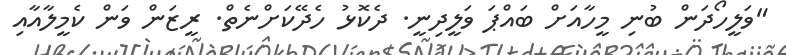
"ވަލީހޯދަން ބުނި މީހާއަށް ބައްޕަ ވަލީދިނީ. ދެކޮޅު ހެދޭކަށްނެތް. ރީޒަން ވަން ކެމީލާއާއި